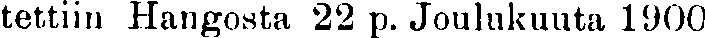
tettiin Hangosta 22 p. Joulukuuta 1900